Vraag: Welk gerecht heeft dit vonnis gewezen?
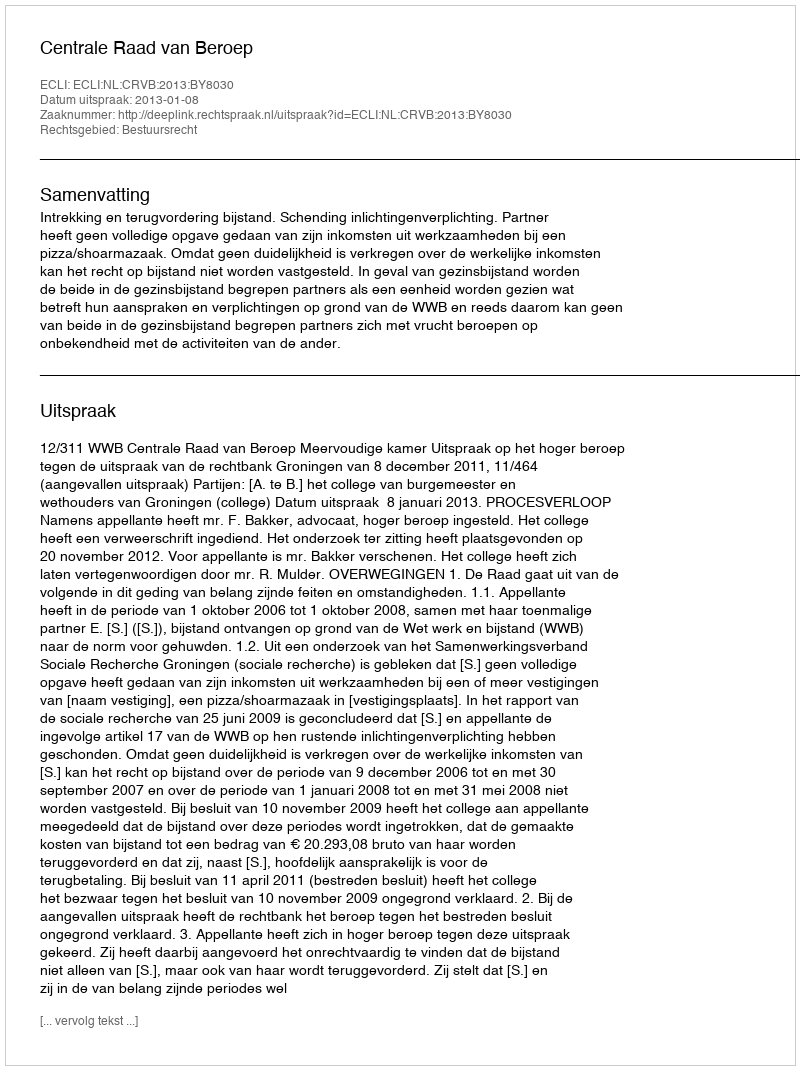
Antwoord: Centrale Raad van Beroep